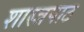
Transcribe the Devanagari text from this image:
शास्त्रपाठ